Indian journal of veterinary science and animal husbandry - Volumes 28-29, 1958-1959
Year: 1958
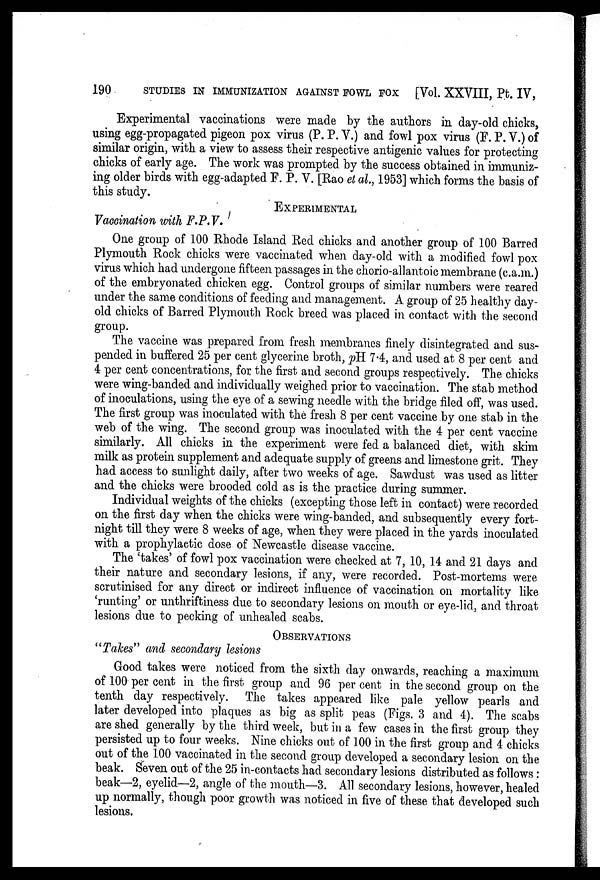
190
STUDIES IN IMMUNIZATION AGAINST FOWL FOX [Vol. XXVIII, Pt. IV,
Experimental vaccinations were made by the authors in day-old chicks,
using egg-propagated pigeon pox virus (P. P. V.) and fowl pox virus (F. P. V.) of
similar origin, with a view to assess their respective antigenic values for protecting
chicks of early age. The work was prompted by the success obtained in immuniz-
ing older birds with egg-adapted F. P. V. [Rao et al., 1953] which forms the basis of
this study.
EXPERIMENTAL
Vaccination with F.P.V.
One group of 100 Rhode Island Red chicks and another group of 100 Barred
Plymouth Rock chicks were vaccinated when day-old with a modified fowl pox
virus which had undergone fifteen passages in the chorio-allantoic membrane (c.a.m.)
of the embryonated chicken egg. Control groups of similar numbers were reared
under the same conditions of feeding and management. A group of 25 healthy day-
old chicks of Barred Plymouth Rock breed was placed in contact with the second
group.
The vaccine was prepared from fresh membranes finely disintegrated and sus-
pended in buffered 25 per cent glycerine broth, pH 7.4, and used at 8 per cent and
4 per cent concentrations, for the first and second groups respectively. The chicks
were wing-banded and individually weighed prior to vaccination. The stab method
of inoculations, using the eye of a sewing needle with the bridge filed off, was used.
The first group was inoculated with the fresh 8 per cent vaccine by one stab in the
web of the wing. The second group was inoculated with the 4 per cent vaccine
similarly. All chicks in the experiment were fed a balanced diet, with skim
milk as protein supplement and adequate supply of greens and limestone grit. They
had access to sunlight daily, after two weeks of age. Sawdust was used as litter
and the chicks were brooded cold as is the practice during summer.
Individual weights of the chicks (excepting those left in contact) were recorded
on the first day when the chicks were wing-banded, and subsequently every fort-
night till they were 8 weeks of age, when they were placed in the yards inoculated
with a prophylactic dose of Newcastle disease vaccine.
The 'takes' of fowl pox vaccination were checked at 7, 10, 14 and 21 days and
their nature and secondary lesions, if any, were recorded. Post-mortems were
scrutinised for any direct or indirect influence of vaccination on mortality like
'runting' or unthriftiness due to secondary lesions on mouth or eye-lid, and throat
lesions due to pecking of unhealed scabs.
OBSERVATIONS
"Takes" and secondary lesions
Good takes were noticed from the sixth day onwards, reaching a maximum
of 100 per cent in the first group and 96 per cent in the second group on the
tenth day respectively. The takes appeared like pale yellow pearls and
later developed into plaques as big as split peas (Figs. 3 and 4). The scabs
are shed generally by the third week, but in a few cases in the first group they
persisted up to four weeks. Nine chicks out of 100 in the first group and 4 chicks
out of the 100 vaccinated in the second group developed a secondary lesion on the
beak. Seven out of the 25 in-contacts had secondary lesions distributed as follows :
beak—2, eyelid—2, angle of the mouth—3. All secondary lesions, however, healed
up normally, though poor growth was noticed in five of these that developed such
lesions.